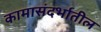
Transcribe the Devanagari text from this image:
कामासंदर्भातील